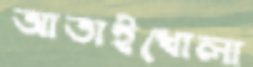
আতাইখোলা